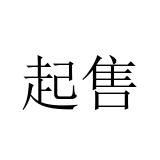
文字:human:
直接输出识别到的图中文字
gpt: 起售